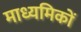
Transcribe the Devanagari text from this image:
माध्यमिकों